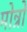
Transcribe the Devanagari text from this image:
मोन्रो